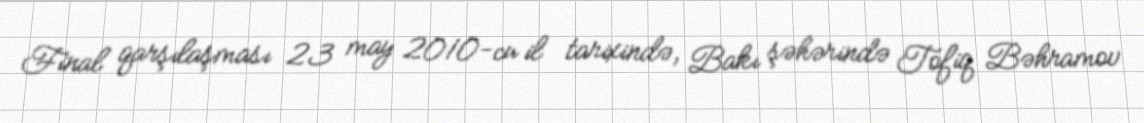
Final qarşılaşması 23 may 2010-cu il tarixində, Bakı şəhərində Tofiq Bəhramov